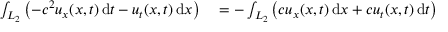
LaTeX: \begin{array} { r l } { \int _ { L _ { 2 } } \left( - c ^ { 2 } u _ { x } ( x , t ) \, \mathrm { d } t - u _ { t } ( x , t ) \, \mathrm { d } x \right) } & { { } = - \int _ { L _ { 2 } } \left( c u _ { x } ( x , t ) \, \mathrm { d } x + c u _ { t } ( x , t ) \, \mathrm { d } t \right) } \end{array}